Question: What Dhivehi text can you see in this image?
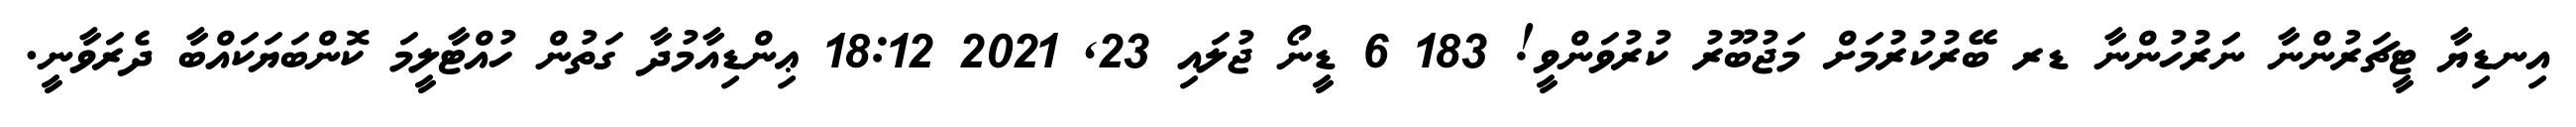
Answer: އިނޑިޔާ ޓީޗަރުންނާ ނަަރުހުންނާ ޑރ ބޭރުކުރުމަށް މަޖުބޫރު ކުރުވަންވީ! 183 6 ޑީނޯ ޖުލައި 23, 2021 18:12 ޢިންޑިއާމުދާ ގަތުން ހުއްޓާލީމަ ކޮންބަޔަކައްބާ ދެރަވާނީ.